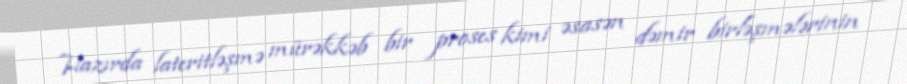
Hazırda lateritləşmə mürəkkəb bir proses kimi əsasən dəmir birləşmələrinin